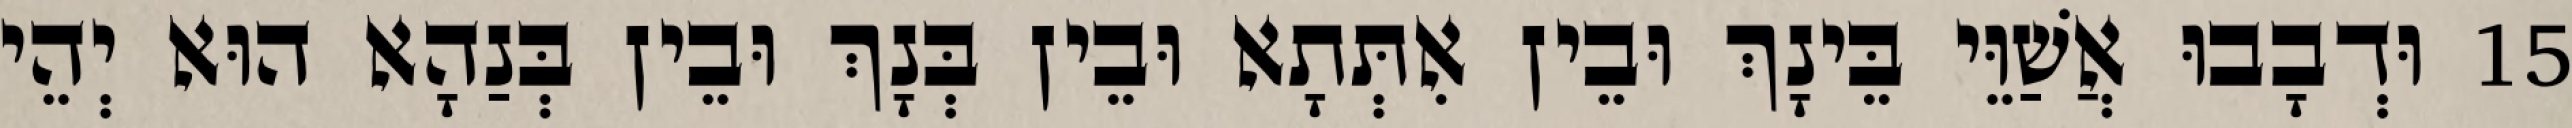
15 וּדְבָבוּ אֲשַׁוֵּי בֵּינָךְ וּבֵין אִתְּתָא וּבֵין בְּנָךְ וּבֵין בְּנַהָא הוּא יְהֵי